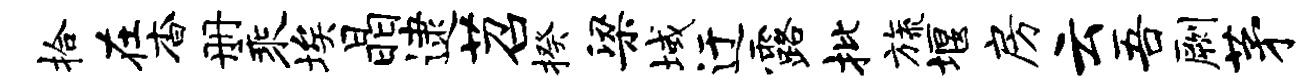
拾在杳册乘埃晶逮苕揆梁域迂露批旒堰房云吾劂茅